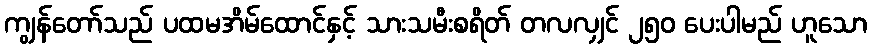
ကျွန်တော်သည် ပထမအိမ်ထောင်နှင့် သားသမီးစရိတ် တလလျှင် ၂၅၀ ပေးပါမည် ဟူသော